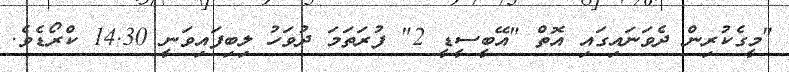
"މީގެކުރިން ދެވަނައިގައި އޮތް "އޭބީސީޑީ 2" ފުރަތަމަ ދުވަހު ލިބިފައިވަނީ 14.30 ކްރޯޑެވެ.